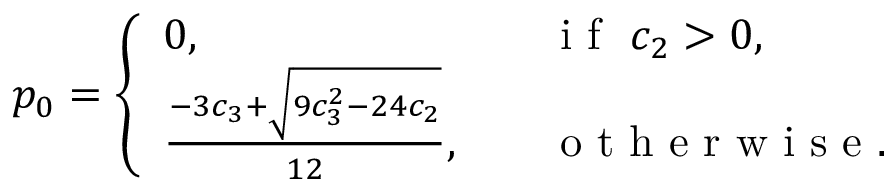
p _ { 0 } = \left\{ \begin{array} { l l } { 0 , \quad } & { \mathrm { ~ i ~ f ~ } ~ c _ { 2 } > 0 , } \\ { \frac { - 3 c _ { 3 } + \sqrt { 9 c _ { 3 } ^ { 2 } - 2 4 c _ { 2 } } } { 1 2 } , \quad } & { \mathrm { ~ o ~ t ~ h ~ e ~ r ~ w ~ i ~ s ~ e ~ } . } \end{array} \right.